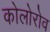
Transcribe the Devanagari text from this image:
कोलोरोव